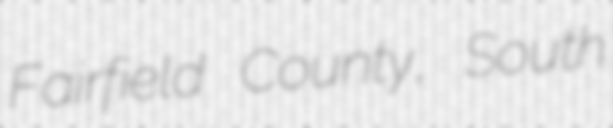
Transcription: Fairfield County, South